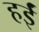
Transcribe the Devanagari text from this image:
हईं